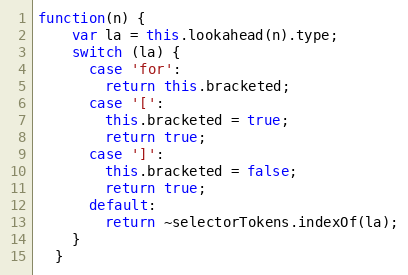
Language: JavaScript
function(n) {
    var la = this.lookahead(n).type;
    switch (la) {
      case 'for':
        return this.bracketed;
      case '[':
        this.bracketed = true;
        return true;
      case ']':
        this.bracketed = false;
        return true;
      default:
        return ~selectorTokens.indexOf(la);
    }
  }